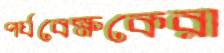
পর্যবেক্ষকেরা